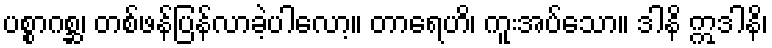
ပစ္စာဂစ္ဆ၊ တစ်ဖန်ပြန်လာခဲ့ပါလော့။ တာရေဟိ၊ ကူးအပ်သော။ ဒါနိ ဣဒါနိ၊